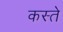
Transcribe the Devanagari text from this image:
कस्‍ते